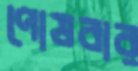
পোষবার